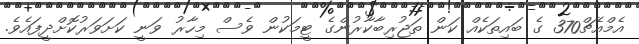
އެމްއެޗް370 ގެ ބައިތަކެއް ކަން ތަޖުރިބާކާރުންގެ ޓީމަކުން ވެސް މިހާރު ވަނީ ކަށަވަރުކޮށްދީފައެވެ.